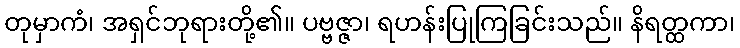
တုမှာကံ၊ အရှင်ဘုရားတို့၏။ ပဗ္ဗဇ္ဇာ၊ ရဟန်းပြုကြခြင်းသည်။ နိရတ္ထကာ၊